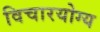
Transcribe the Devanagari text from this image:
विचारयोग्य